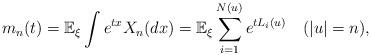
LaTeX: \begin{align*}m_n(t) = \mathbb{E}_\xi\int e^{tx}X_n(dx)= \mathbb{E}_\xi \sum_{i=1}^{N(u)} e^{tL_i(u)} \quad(|u|=n),\end{align*}